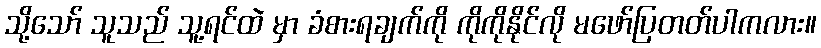
သို့သော် သူသည် သူ့ရင်ထဲ မှာ ခံစားရချက်ကို ကိုကိုနိုင်လို မဖော်ပြတတ်ပါကလား။